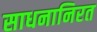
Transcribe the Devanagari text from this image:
साधनानिरत